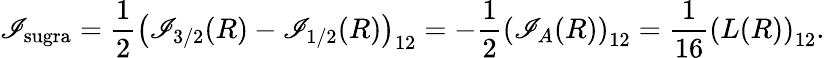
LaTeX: \mathscr{I}_{\mathrm{{sugra}}}={\frac{{1}}{{2}}}\left(\mathscr{I}_{3/2}(R)-\mathscr{I}_{1/2}(R)\right)_{12}=-{\frac{{1}}{{2}}}\left(\mathscr{I}_{A}(R)\right)_{12}={\frac{{1}}{{16}}}\left(L(R)\right)_{12}.